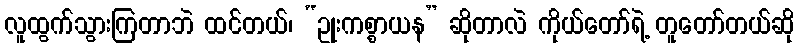
လူထွက်သွားကြတာဘဲ ထင်တယ်၊ “ဥုးကစ္စာယန” ဆိုတာလဲ ကိုယ်တော်ရဲ့ တူတော်တယ်ဆို